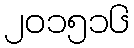
၂၀၁၅၁၆